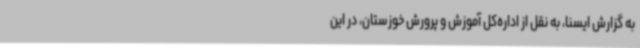
به گزارش ایسنا، به نقل از اداره‌کل آموزش و پرورش خوزستان، در این